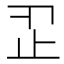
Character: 𣥒